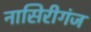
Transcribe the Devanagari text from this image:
नासिरीगंज